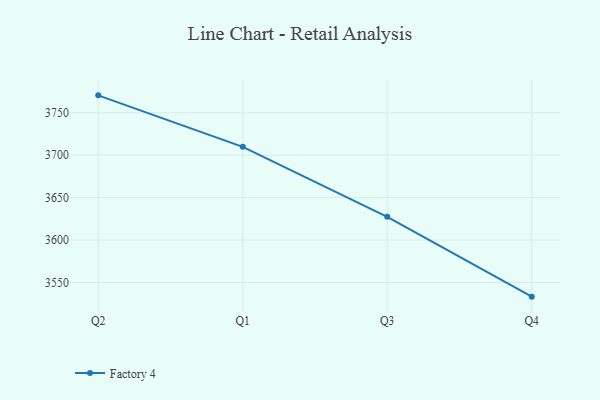
{"axis": {"x": "Quarter", "y": "Net Income (USD K)"}, "legend": ["Factory 4"], "data": [{"x": "Q2", "y": 3770.5, "type": "Factory 4"}, {"x": "Q1", "y": 3709.8, "type": "Factory 4"}, {"x": "Q3", "y": 3627.4, "type": "Factory 4"}, {"x": "Q4", "y": 3533.3, "type": "Factory 4"}]}